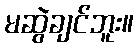
မဆွဲချင်ဘူး။